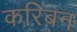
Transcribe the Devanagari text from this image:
करिबन